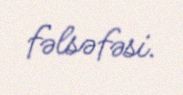
fəlsəfəsi.